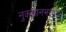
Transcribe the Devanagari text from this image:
नुकसानभरपाइ